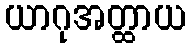
ယာဂုအတ္ထာယ